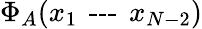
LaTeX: \Phi_{A}(x_{1}\textrm{\, ---\, }x_{N-2})